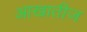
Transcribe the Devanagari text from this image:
आखातीज